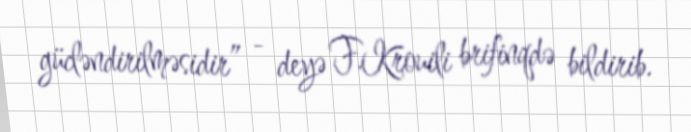
gücləndirilməsidir” - deyə F.Krouili brifinqdə bildirib.